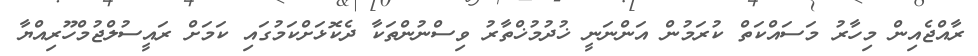
ރާއްޖެއިން މިހާރު މަސައްކަތް ކުރަމުން އަންނަނީ ޚުދުމުޚްތާރު ވިސްނުންތަކާ ދެކޮޅަށްކަމުގައި ކަމަށް ރައީސުލްޖުމްހޫރިއްޔާ